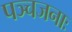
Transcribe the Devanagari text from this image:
पञ्चजनाः